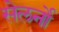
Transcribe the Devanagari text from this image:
सेलर्नो